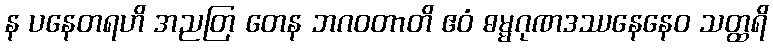
န ပနေတရဟိ အညတြ တေန ဘဂဝတာတိ ဧဝံ ဓမ္မဂုဏဒဿနေနေဝ သတ္ထရိ